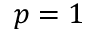
p = 1